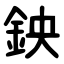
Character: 鉠